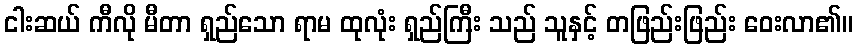
ငါးဆယ် ကီလို မီတာ ရှည်သော ရာမ ထုလုံး ရှည်ကြီး သည် သူနှင့် တဖြည်းဖြည်း ဝေးလာ၏။